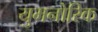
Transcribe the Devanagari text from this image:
युमनोरिक